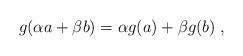
LaTeX: \begin{align*}g(\alpha a+\beta b)=\alpha g(a)+\beta g(b)\; ,\end{align*}